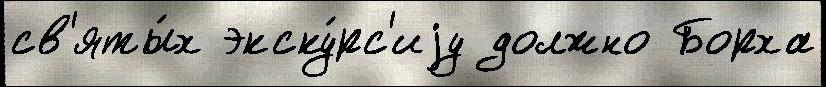
св'яты́х экску́рс'иjу должно Борха